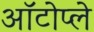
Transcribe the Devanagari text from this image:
ऑटोप्ले